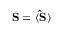
{ \bf { S } } = \langle { \bf \hat { S } } \rangle